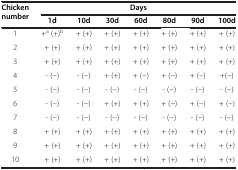
<table><thead><tr><td><b>Chicken number</b></td><td colspan="7"><b>Days</b></td></tr><tr><td><b> </b></td><td><b>1d</b></td><td><b>10d</b></td><td><b>30d</b></td><td><b>60d</b></td><td><b>80d</b></td><td><b>90d</b></td><td><b>100d</b></td></tr></thead><tbody><tr><td>1</td><td>+<sup>a</sup> (+)<sup>b</sup></td><td>+ (+)</td><td>+ (+)</td><td>+ (+)</td><td>+ (+)</td><td>+ (+)</td><td>+ (+)</td></tr><tr><td>2</td><td>+ (+)</td><td>+ (+)</td><td>+ (+)</td><td>+ (+)</td><td>+ (+)</td><td>+ (+)</td><td>+ (+)</td></tr><tr><td>3</td><td>+ (+)</td><td>+ (+)</td><td>+ (+)</td><td>+ (+)</td><td>+ (+)</td><td>+ (+)</td><td>+ (+)</td></tr><tr><td>4</td><td>- (−)</td><td>- (−)</td><td>+ (+)</td><td>+ (−)</td><td>+ (−)</td><td>+ (−)</td><td>+(−)</td></tr><tr><td>5</td><td>- (−)</td><td>- (−)</td><td>- (−)</td><td>- (−)</td><td>- (−)</td><td>- (−)</td><td>- (−)</td></tr><tr><td>6</td><td>- (−)</td><td>- (−)</td><td>+ (+)</td><td>+ (+)</td><td>+ (−)</td><td>+ (−)</td><td>+ (−)</td></tr><tr><td>7</td><td>- (−)</td><td>- (−)</td><td>- (−)</td><td>- (−)</td><td>- (−)</td><td>- (−)</td><td>- (−)</td></tr><tr><td>8</td><td>+ (+)</td><td>+ (+)</td><td>+ (+)</td><td>+ (+)</td><td>+ (+)</td><td>+ (+)</td><td>+ (+)</td></tr><tr><td>9</td><td>+ (+)</td><td>+ (+)</td><td>+ (+)</td><td>+ (+)</td><td>+ (+)</td><td>+ (+)</td><td>+ (+)</td></tr><tr><td>10</td><td>+ (+)</td><td>+ (+)</td><td>+ (+)</td><td>+ (+)</td><td>+ (+)</td><td>+ (+)</td><td>+ (+)</td></tr></tbody></table>